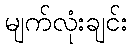
မျက်လုံးချင်း